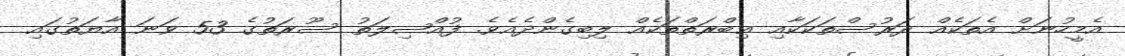
އެމީހުނަށް އެތަކެއް ދަރުސްތަކަކާއި ޢިބްރަތްތަކެއް ލިބިގެންދެއެވެ. ފުއްޞިލަތު ސޫރަތުގެ 53 ވަނަ އާޔަތުގައި